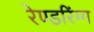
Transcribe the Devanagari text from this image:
रेण्डरिंग्ग